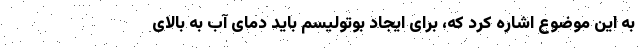
به این موضوع اشاره کرد که، برای ایجاد بوتولیسم باید دمای آب به بالای